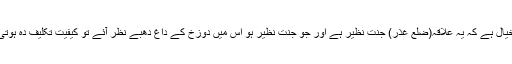
میرا خیال ہے کہ یہ علاقہ(ضلع غذر) جنت نظیر ہے اور جو جنت نظیر ہو اس میں دوزخ کے داغ دھبے نظر آئے تو کیفیت تکلیف دہ ہوتی ہے؟